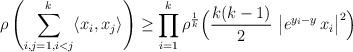
LaTeX: \begin{align*}\rho \left( \sum_{i, j=1, i < j}^{k} \langle x_i, x_j \rangle \right) \geq \prod_{i=1}^k \rho^{\frac{1}{k}}\Bigl( \frac{k(k-1)}{2} \, \left| e^{ y_i - y} \, x_i \right|^2 \Bigr)\end{align*}